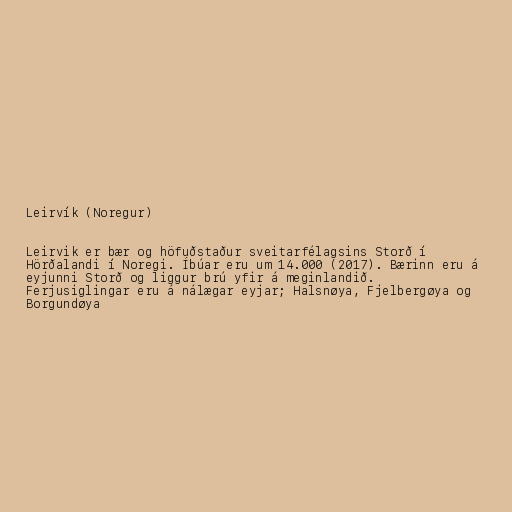
Leirvík (Noregur)

Leirvik er bær og höfuðstaður sveitarfélagsins Storð í
Hörðalandi í Noregi. Íbúar eru um 14.000 (2017). Bærinn eru á
eyjunni Storð og liggur brú yfir á meginlandið.
Ferjusiglingar eru á nálægar eyjar; Halsnøya, Fjelbergøya og
Borgundøya